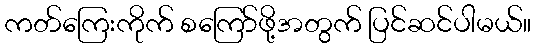
ကတ်ကြေးကိုက် စကြော်ဖို့အတွက် ပြင်ဆင်ပါမယ်။